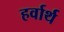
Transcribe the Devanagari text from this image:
हर्वार्थ